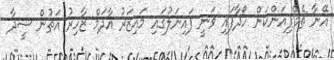
އޭނާ ޗެމްޕިއަންކަން ހޯދާފައި ވަނީ ފައިނަލުގައި މައިޒަރު އާދަމް ޒާހިރު އަތުން ސީދާ